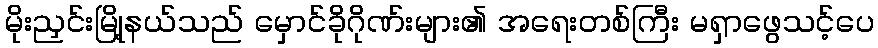
မိုးညှင်းမြို့နယ်သည် မှောင်ခိုဂိုဏ်းများ၏ အရေးတစ်ကြီး မရှာဖွေသင့်ပေ